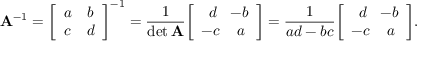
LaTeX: \mathbf { A } ^ { - 1 } = { \left[ \begin{array} { l l } { a } & { b } \\ { c } & { d } \end{array} \right] } ^ { - 1 } = { \frac { 1 } { \operatorname* { d e t } \mathbf { A } } } { \left[ \begin{array} { l l } { \, \, \, d } & { \! \! - b } \\ { - c } & { \, a } \end{array} \right] } = { \frac { 1 } { a d - b c } } { \left[ \begin{array} { l l } { \, \, \, d } & { \! \! - b } \\ { - c } & { \, a } \end{array} \right] } .